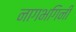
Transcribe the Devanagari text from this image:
नागभगिनी